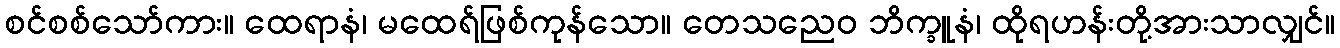
စင်စစ်သော်ကား။ ထေရာနံ၊ မထေရ်ဖြစ်ကုန်သော။ တေသညေဝ ဘိက္ခူနံ၊ ထိုရဟန်းတို့အားသာလျှင်။